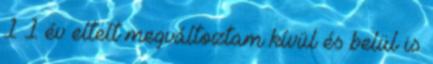
1 1 év eltelt megváltoztam kívül és belül is